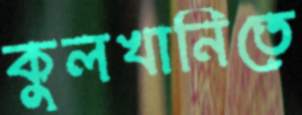
কুলখানিতে